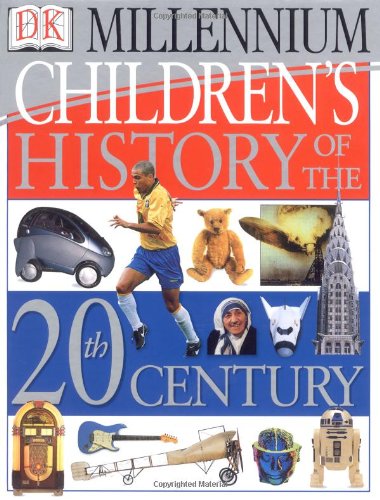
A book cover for Children's History of the 20th Century (DK Millennium); DK Publishing; Children's Books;